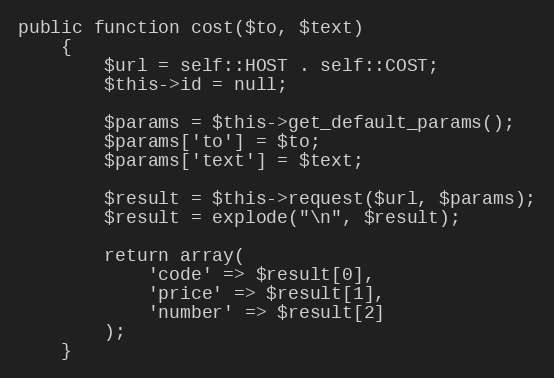
Language: PHP
public function cost($to, $text)
    {
        $url = self::HOST . self::COST;
        $this->id = null;

        $params = $this->get_default_params();
        $params['to'] = $to;
        $params['text'] = $text;

        $result = $this->request($url, $params);
        $result = explode("\n", $result);

        return array(
            'code' => $result[0],
            'price' => $result[1],
            'number' => $result[2]
        );
    }